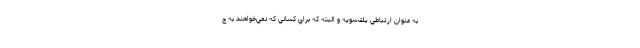
به عنوان ارتباطي يك‌سويه و البته كه براي كساني كه نمي‌خواهند به چ